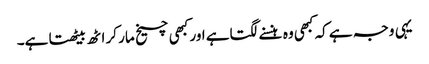
یہی وجہ ہے کہ کبھی وہ ہنسنے لگتاہے اور کبھی چیخ مار کر اٹھ بیٹھتا ہے۔